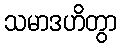
သမာဒဟိတွာ